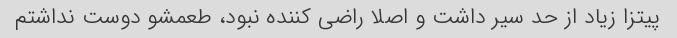
پیتزا زیاد از حد سیر داشت و اصلا راضی کننده نبود، طعمشو دوست نداشتم